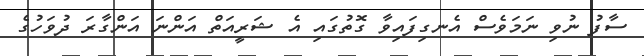
ސާފު ނުވި ނަމަވެސް އެނގިފައިވާ ގޮތުގައި އެ ޝަރީއަތް އަންނަ އަންގާރަ ދުވަހުގެ